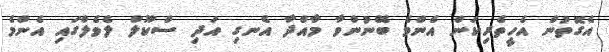
އެގޮތުން އެހީތެރިކަން އެންމެ ބޭނުންވާ މާއްދާ އެނގި އަދި ސްކޫލް ލެވެލްގައި އެންމެ